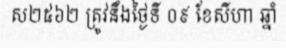
ស២៥៦២ ត្រូវនឹងថ្ងៃទី ០៩ ខែសីហា ឆ្នាំ